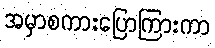
အမှာစကားပြောကြားကာ